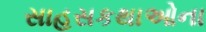
સાહસકથાઓના